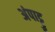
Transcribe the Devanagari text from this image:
अंपाट्टु